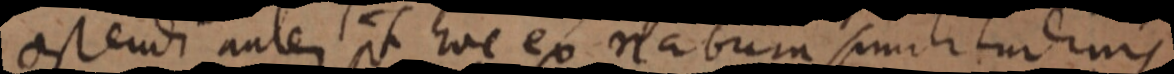
ostendi autem pt hoc ex nabum similitudinis